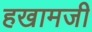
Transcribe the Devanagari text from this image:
हखामजी